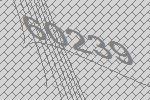
60239